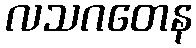
လသဂတေန